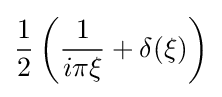
{\frac {1}{2}}\left({\frac {1}{i\pi \xi }}+\delta (\xi )\right)